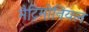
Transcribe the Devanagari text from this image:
मैट्रिमोनियल